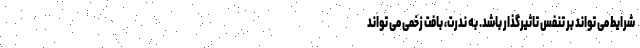
شرایط می تواند بر تنفس تاثیرگذار باشد. به ندرت، بافت زخمی می تواند